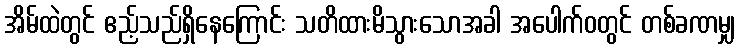
အိမ်ထဲတွင် ဧည့်သည်ရှိနေကြောင်း သတိထားမိသွားသောအခါ အပေါက်ဝတွင် တစ်ခဏမျှ